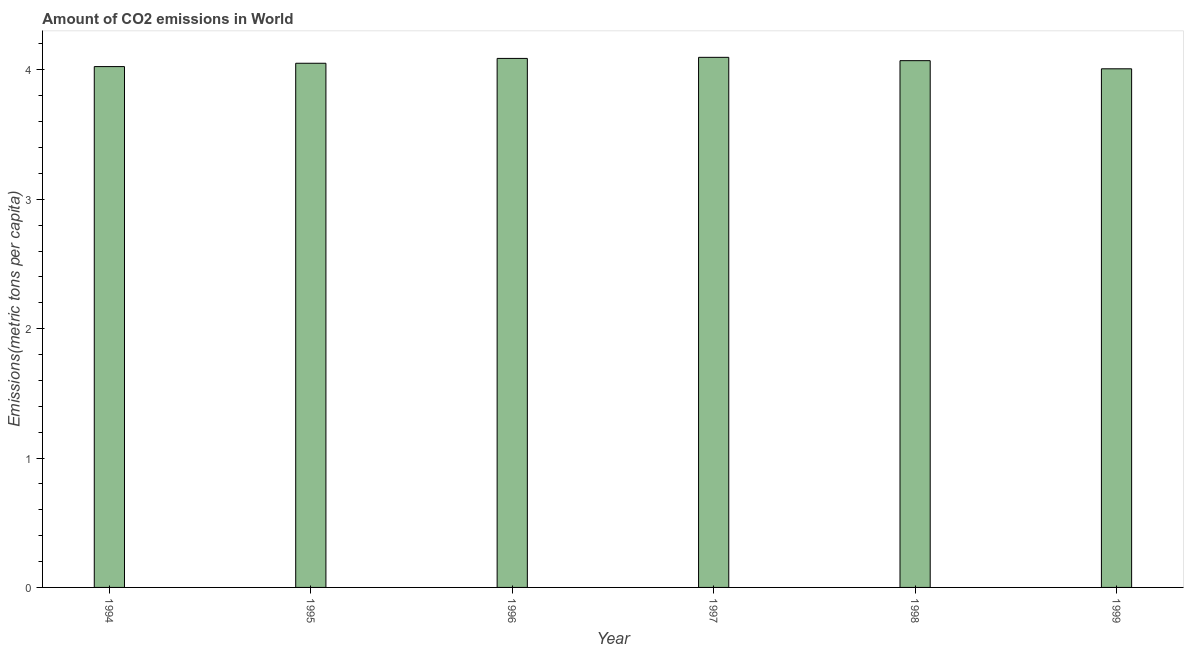
| Year | CO2 emissions |
 | --- | --- |
 | 1994 | 4.03 |
 | 1995 | 4.05 |
 | 1996 | 4.09 |
 | 1997 | 4.1 |
 | 1998 | 4.07 |
 | 1999 | 4.01 |